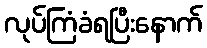
လုပ်ကြံခံရပြီးနောက်